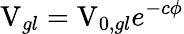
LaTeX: \mathrm{V}_{gl}=\mathrm{V}_{0,gl}e^{-c\phi}